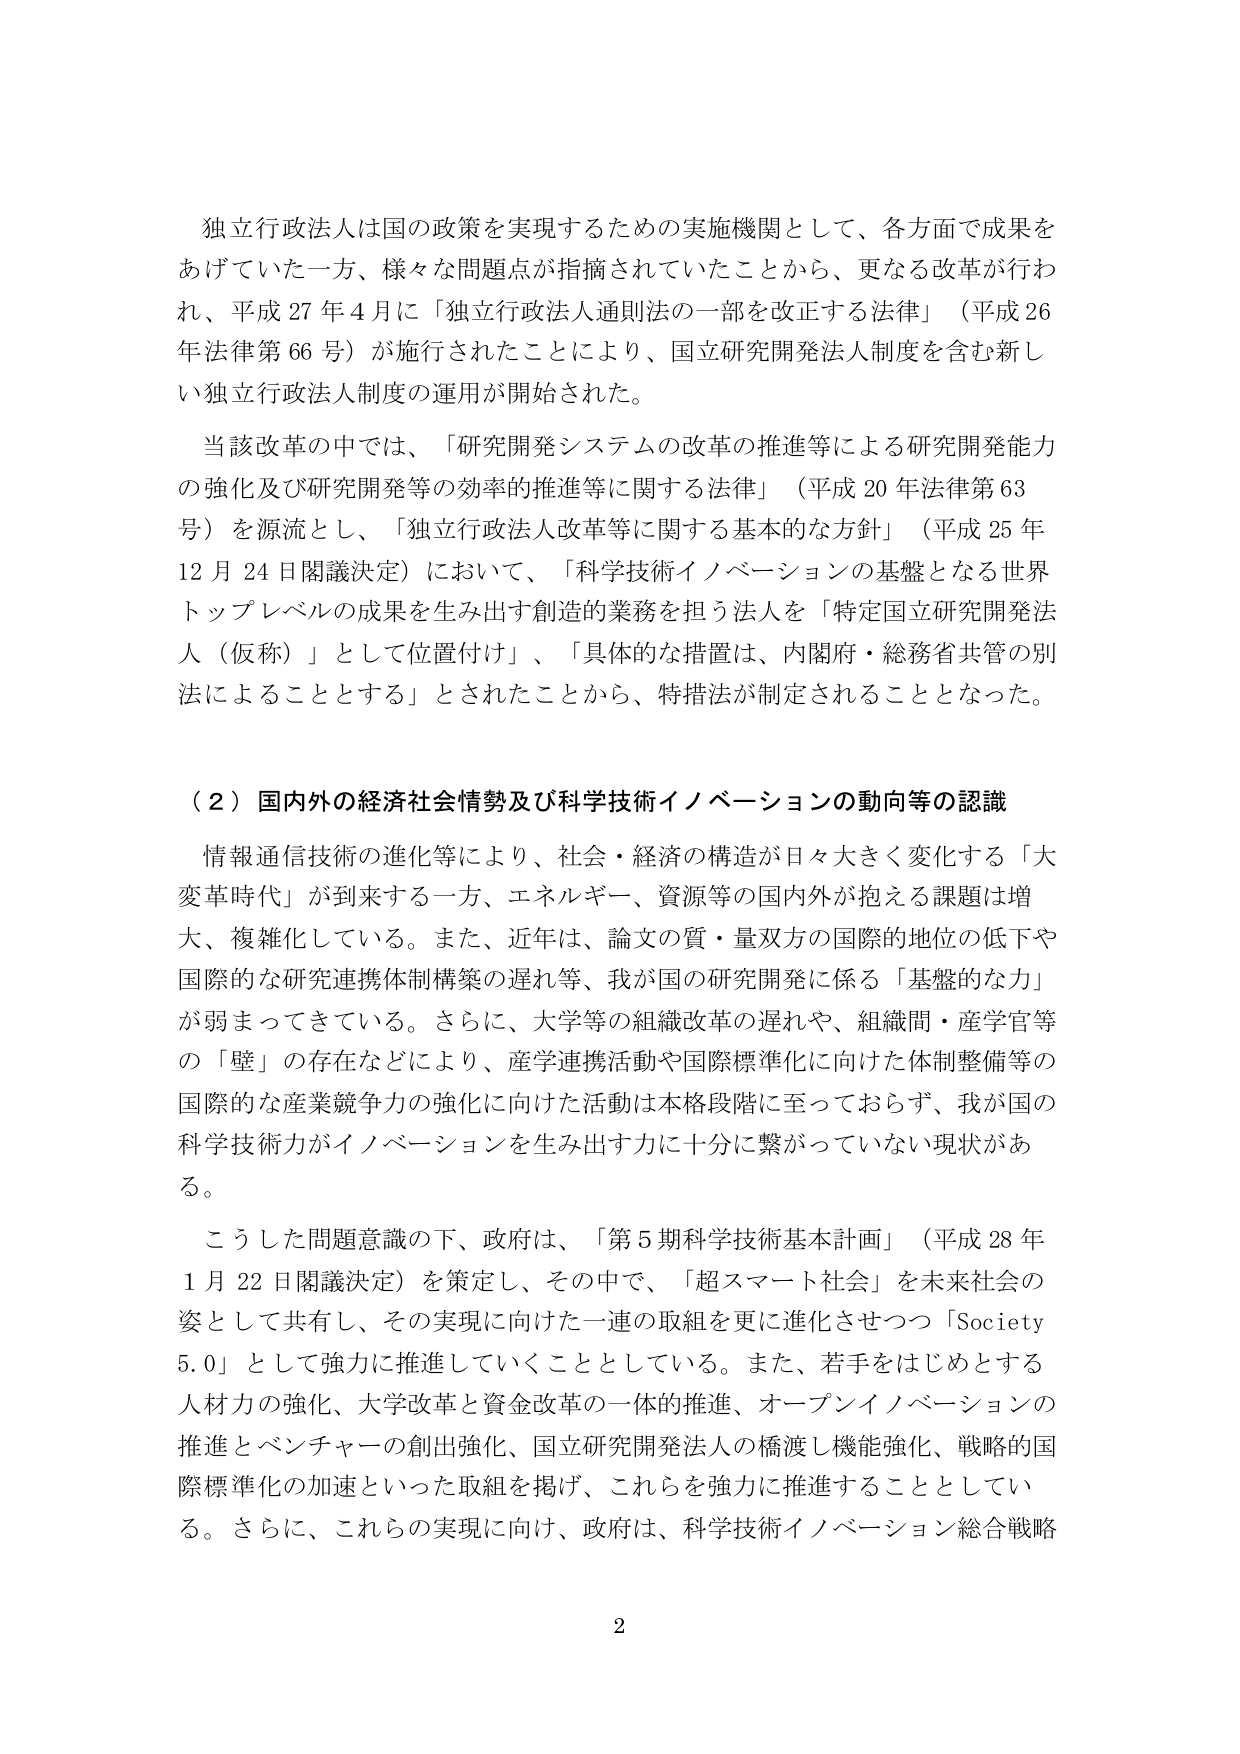
独立行政法人は国の政策を実現するための実施機関として、各方面で成果を
あげていた一方、様々な問題点が指摘されていたことから、更なる改革が行わ
れ、平成27年4月に「独立行政法人通則法の一部を改正する法律」（平成26
年法律第66号）が施行されたことにより、国立研究開発法人制度を含む新し
い独立行政法人制度の運用が開始された。

当該改革の中では、「研究開発システムの改革の推進等による研究開発能力
の強化及び研究開発等の効率的推進等に関する法律」（平成20年法律第63
号）を源流とし、「独立行政法人改革等に関する基本的な方針」（平成25年
12月24日閣議決定）において、「科学技術イノベーションの基盤となる世界
トップレベルの成果を生み出す創造的業務を担う法人を「特定国立研究開発法
人（仮称）」として位置付け」、「具体的な措置は、内閣府・総務省共管の別
法によることとする」とされたことから、特措法が制定されることとなった。

（２）国内外の経済社会情勢及び科学技術イノベーションの動向等の認識

情報通信技術の進化等により、社会・経済の構造が日々大きく変化する「大
変革時代」が到来する一方、エネルギー、資源等の国内外が抱える課題は増
大、複雑化している。また、近年は、論文の質・量双方の国際的地位の低下や
国際的な研究連携体制構築の遅れ等、我が国の研究開発に係る「基盤的な力」
が弱まってきている。さらに、大学等の組織改革の遅れや、組織間・産学官等
の「壁」の存在などにより、産学連携活動や国際標準化に向けた体制整備等の
国際的な産業競争力の強化に向けた活動は本格段階に至っておらず、我が国の
科学技術力がイノベーションを生み出す力に十分に繋がっていない現状があ
る。

こうした問題意識の下、政府は、「第5期科学技術基本計画」（平成28年
1月22日閣議決定）を策定し、その中で、「超スマート社会」を未来社会の
姿として共有し、その実現に向けた一連の取組を更に進化させつつ「Society
5.0」として強力に推進していくこととしている。また、若手をはじめとする
人材力の強化、大学改革と資金改革の一体的推進、オープンイノベーションの
推進とベンチャーの創出強化、国立研究開発法人の橋渡し機能強化、戦略的国
際標準化の加速といった取組を掲げ、これらを強力に推進することとしてい
る。さらに、これらの実現に向け、政府は、科学技術イノベーション総合戦略

2